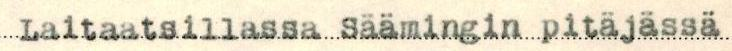
Laitaatsillassa Säämingin pitäjässä